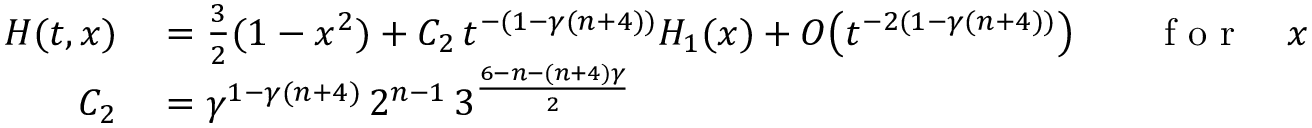
\begin{array} { r l r l } { H ( t , x ) } & { { } = \frac 3 2 ( 1 - x ^ { 2 } ) + C _ { 2 } \, t ^ { - ( 1 - \gamma ( n + 4 ) ) } H _ { 1 } ( x ) + O \big ( t ^ { - 2 ( 1 - \gamma ( n + 4 ) ) } \big ) } & { } & { { } \mathrm { ~ f ~ o ~ r ~ } \quad x \in [ - 1 , 1 ] , } \\ { C _ { 2 } } & { { } = \gamma ^ { 1 - \gamma ( n + 4 ) } \, 2 ^ { n - 1 } \, 3 ^ { \frac { 6 - n - ( n + 4 ) \gamma } { 2 } } } \end{array}